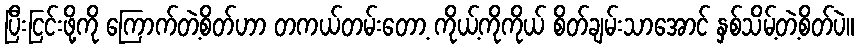
ပြီးငြင်းဖို့ကို ကြောက်တဲ့စိတ်ဟာ တကယ်တမ်းတော့ ကိုယ့်ကိုကိုယ် စိတ်ချမ်းသာအောင် နှစ်သိမ့်တဲ့စိတ်ပဲ။